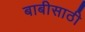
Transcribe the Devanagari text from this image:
बाबीसाठी